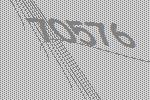
70576